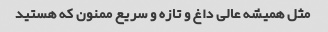
مثل همیشه عالی داغ و تازه و سریع ممنون که هستید